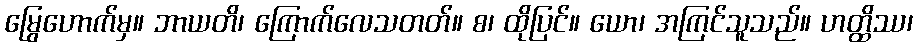
မြွေဟောက်မှ။ ဘာယတိ၊ ကြောက်လေသတတ်။ စ၊ ထိုပြင်။ ယော၊ အကြင်သူသည်။ ဟတ္ထိဿ၊